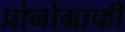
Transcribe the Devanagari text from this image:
प्रोनोग्राफी